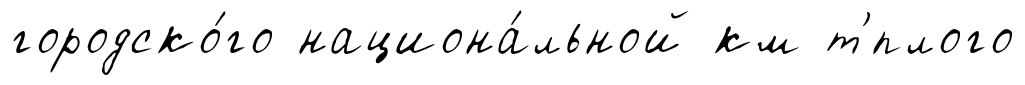
городско́го национа́льной км т'́плого